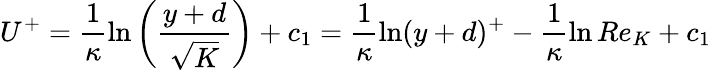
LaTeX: U^{+}=\frac{1}{\kappa}\ln\left(\frac{y+d}{\sqrt{K}}\right)+c_{1}=\frac{1}{\kappa}\ln(y+d)^{+}-\frac{1}{\kappa}\ln Re_{K}+c_{1}